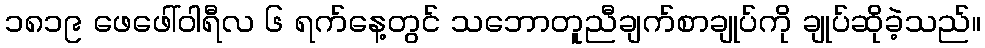
၁၈၁၉ ဖေဖေါ်ဝါရီလ ၆ ရက်နေ့တွင် သဘောတူညီချက်စာချုပ်ကို ချုပ်ဆိုခဲ့သည်။